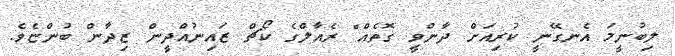
ލިބުނީމަ އެނގޭނީ ކުރިއަށް ދާންވީ ގޮތެއް" ރެއާލްގެ ކޯޗް ޒައިނުއްދީން ޒިދާން ބުންޏެވެ.